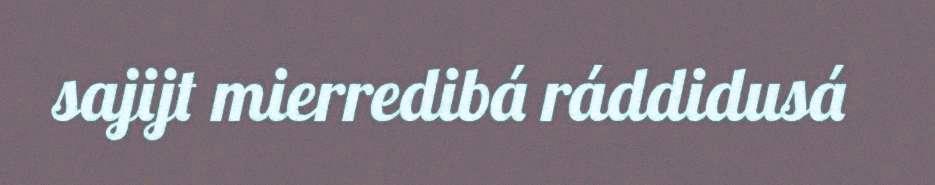
sajijt mierredibá ráddidusá